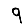
Digit: 9